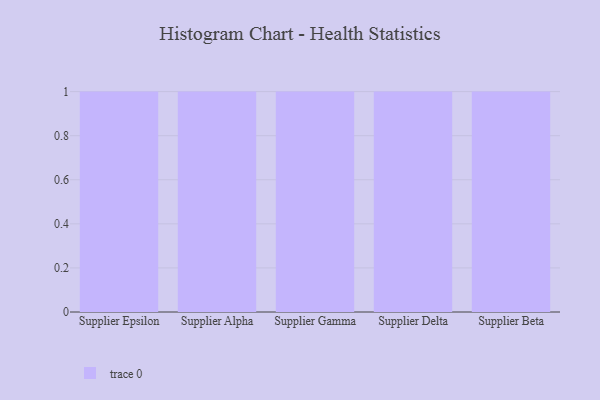
{"axis": {"x": "Supplier", "y": "Net Income (USD K)"}, "legend": [""], "data": [{"x": "Supplier Epsilon", "y": 13, "type": ""}, {"x": "Supplier Alpha", "y": 77, "type": ""}, {"x": "Supplier Gamma", "y": 93, "type": ""}, {"x": "Supplier Delta", "y": 19, "type": ""}, {"x": "Supplier Beta", "y": 81, "type": ""}]}